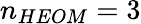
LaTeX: n_{HEOM}=3